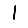
Digit: 1